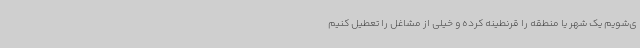
ی‌شویم یک شهر یا منطقه را قرنطینه کرده و خیلی از مشاغل را تعطیل کنیم